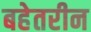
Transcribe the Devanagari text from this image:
बहेतरीन